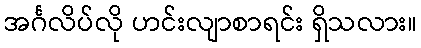
အင်္ဂလိပ်လို ဟင်းလျာစာရင်း ရှိသလား။